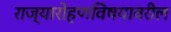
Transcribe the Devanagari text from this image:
राज्यारोहणविषयावरील